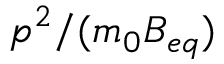
p ^ { 2 } / ( m _ { 0 } B _ { e q } )